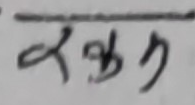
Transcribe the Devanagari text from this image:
खुक्